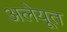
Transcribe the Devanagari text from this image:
अलेयूत